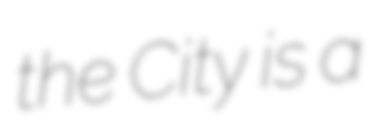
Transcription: the City is a